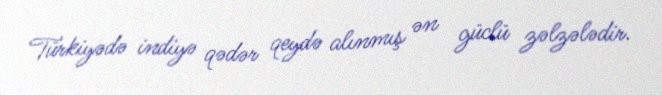
Türkiyədə indiyə qədər qeydə alınmış ən güclü zəlzələdir.